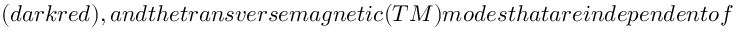
( d a r k r e d ) , a n d t h e t r a n s v e r s e m a g n e t i c ( T M ) m o d e s t h a t a r e i n d e p e n d e n t o f